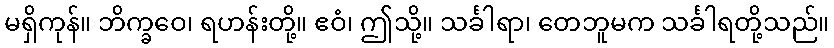
မရှိကုန်။ ဘိက္ခဝေ၊ ရဟန်းတို့။ ဧဝံ၊ ဤသို့။ သင်္ခါရာ၊ တေဘူမက သင်္ခါရတို့သည်။